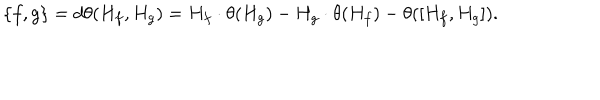
\{ f , g \} = d \theta ( H _ { f } , H _ { g } ) = H _ { f } \cdot \theta ( H _ { g } ) - H _ { g } \cdot \theta ( H _ { f } ) - \theta ( [ H _ { f } , H _ { g } ] ) .